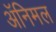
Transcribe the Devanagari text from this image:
अॅनिमल